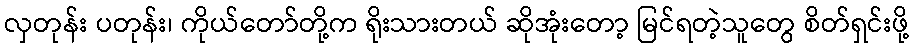
လှတုန်း ပတုန်း၊ ကိုယ်တော်တို့က ရိုးသားတယ် ဆိုအုံးတော့ မြင်ရတဲ့သူတွေ စိတ်ရှင်းဖို့